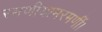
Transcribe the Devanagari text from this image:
रमणीयामरमणीं।